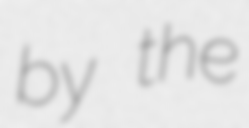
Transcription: by the